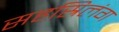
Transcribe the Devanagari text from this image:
सहस्रिलंग